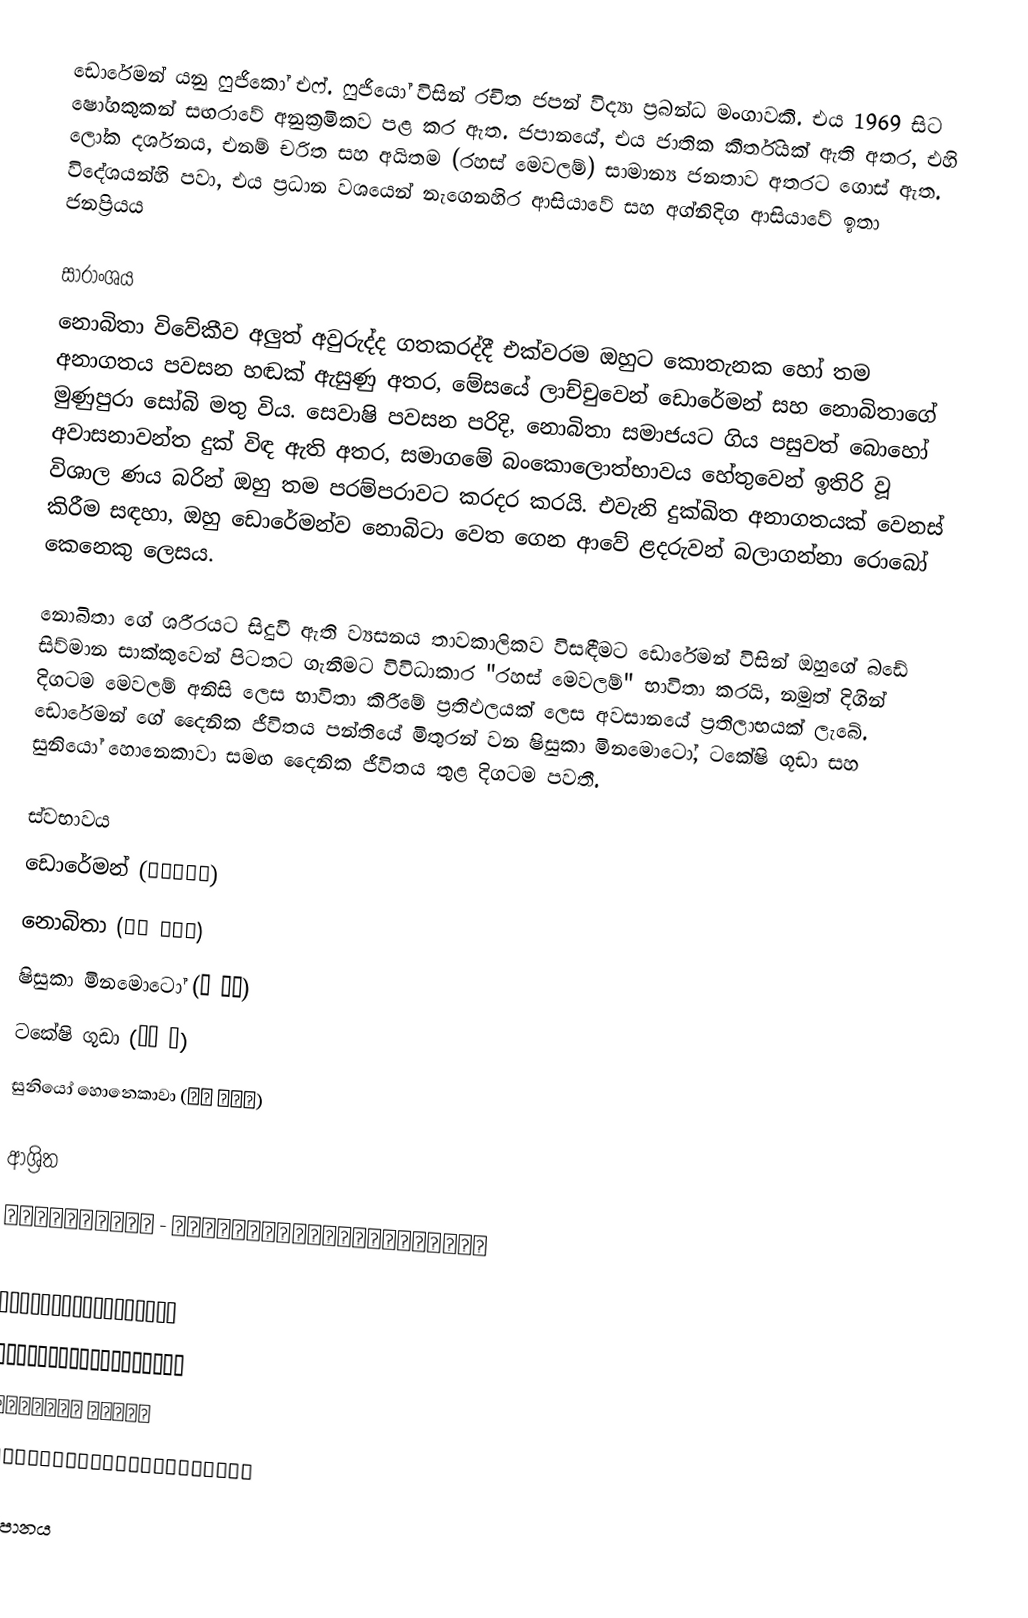
ඩොරේමන් යනු ෆුජිකෝ එෆ්. ෆුජියෝ විසින් රචිත ජපන් විද්‍යා ප්‍රබන්ධ මංගාවකි. එය 1969 සිට ෂෝගකුකන් සඟරාවේ අනුක්‍රමිකව පළ කර ඇත. ජපානයේ, එය ජාතික කීර්තියක් ඇති අතර, එහි ලෝක දර්ශනය, එනම් චරිත සහ අයිතම (රහස් මෙවලම්) සාමාන්‍ය ජනතාව අතරට ගොස් ඇත. විදේශයන්හි පවා, එය ප්‍රධාන වශයෙන් නැගෙනහිර ආසියාවේ සහ අග්නිදිග ආසියාවේ ඉතා ජනප්‍රියය

සාරාංශය
නොබිතා විවේකීව අලුත් අවුරුද්ද ගතකරද්දී එක්වරම ඔහුට කොතැනක හෝ තම අනාගතය පවසන හඬක් ඇසුණු අතර, මේසයේ ලාච්චුවෙන් ඩොරේමන් සහ නොබිතාගේ මුණුපුරා සෝබි මතු විය. සෙවාෂි පවසන පරිදි, නොබිතා සමාජයට ගිය පසුවත් බොහෝ අවාසනාවන්ත දුක් විඳ ඇති අතර, සමාගමේ බංකොලොත්භාවය හේතුවෙන් ඉතිරි වූ විශාල ණය බරින් ඔහු තම පරම්පරාවට කරදර කරයි. එවැනි දුක්ඛිත අනාගතයක් වෙනස් කිරීම සඳහා, ඔහු ඩොරේමන්ව නොබිටා වෙත ගෙන ආවේ ළදරුවන් බලාගන්නා රොබෝ කෙනෙකු ලෙසය.

නොබිතා ගේ ශරීරයට සිදුවී ඇති ව්‍යසනය තාවකාලිකව විසඳීමට ඩොරේමන් විසින් ඔහුගේ බඩේ සිව්මාන සාක්කුවෙන් පිටතට ගැනීමට විවිධාකාර "රහස් මෙවලම්" භාවිතා කරයි, නමුත් දිගින් දිගටම මෙවලම් අනිසි ලෙස භාවිතා කිරීමේ ප්‍රතිඵලයක් ලෙස අවසානයේ ප්‍රතිලාභයක් ලැබේ. ඩොරේමන් ගේ දෛනික ජීවිතය පන්තියේ මිතුරන් වන ෂිසුකා මිනමොටෝ, ටකේෂි ගූඩා සහ සුනියෝ හොනෙකාවා සමඟ දෛනික ජීවිතය තුළ දිගටම පවතී.

ස්වභාවය
ඩොරේමන් (ドラえもん)
නොබිතා (野比 のび太)
ෂිසුකා මිනමොටෝ (源 静香)
ටකේෂි ගූඩා (剛田 武)
සුනියෝ හොනෙකාවා (骨川 スネ夫)

ආශ්‍රිත
 ドラえもんチャンネル - 藤子プロ・小学館が運営する公式ホームページ

 テレビ朝日「ドラえもん」公式サイト
 「映画ドラえもん」オフィシャルサイト
 映画ドラえもん 公式サイト
 ドラえもんプラネット（スマートフォンのみ）

ජපානය